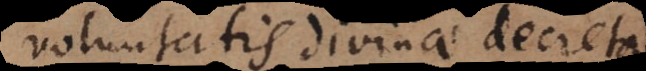
voluntatis divinae decreta,